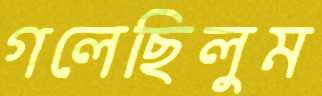
গলেছিলুম